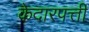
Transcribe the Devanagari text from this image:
केदारपत्ती